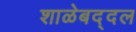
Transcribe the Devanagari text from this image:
शाळेबद्दल